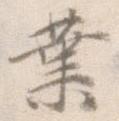
業